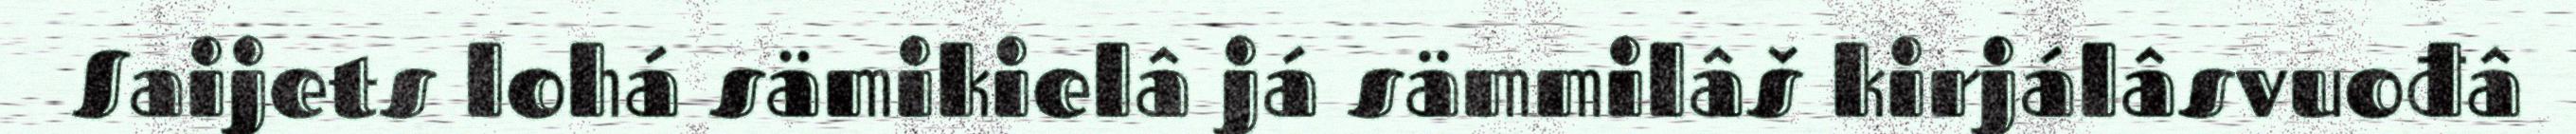
Saijets lohá sämikielâ já sämmilâš kirjálâsvuođâ